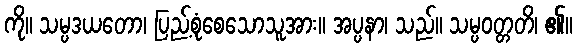
ကို။ သမ္ပဒယတော၊ ပြည့်စုံစေသောသူအား။ အပ္ပနာ၊ သည်။ သမ္ပဝတ္တတိ၊ ၏။